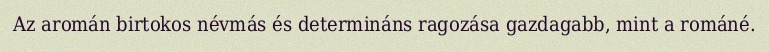
Az aromán birtokos névmás és determináns ragozása gazdagabb, mint a románé.